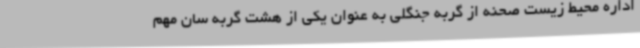
اداره محیط زیست صحنه از گربه جنگلی به عنوان یکی از هشت گربه سان مهم